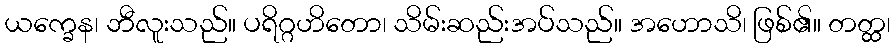
ယက္ခေန၊ ဘီလူးသည်။ ပရိဂ္ဂဟိတော၊ သိမ်းဆည်းအပ်သည်။ အဟောသိ၊ ဖြစ်၏။ တတ္ထ၊